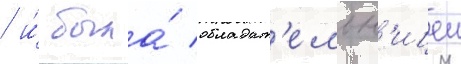
/ и́ была́ обладат'ельн'ицеи